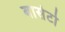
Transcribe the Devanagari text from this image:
बार्सटो